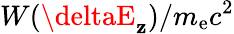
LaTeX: W(\deltaE_{\mathbf{z}})/m_{\mathrm{{e}}}c^{2}